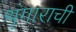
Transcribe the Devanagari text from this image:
शृंगाराची